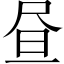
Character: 昼